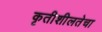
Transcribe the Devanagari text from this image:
कृतीशीलतेचा